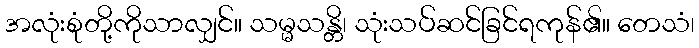
အလုံးစုံတို့ကိုသာလျှင်။ သမ္မသန္တိ၊ သုံးသပ်ဆင်ခြင်ရကုန်၏။ တေသံ၊